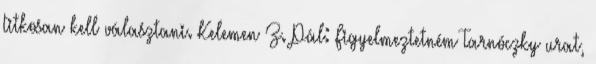
titkosan kell választani. Kelemen Z. Pál: Figyelmeztetném Tarnóczky urat,